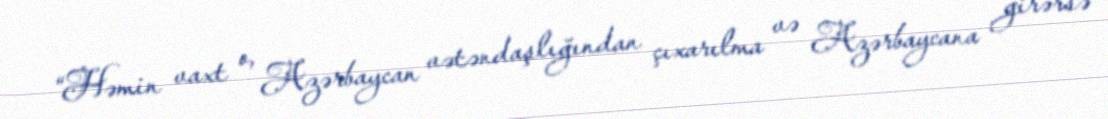
“Həmin vaxt o, Azərbaycan vətəndaşlığından çıxarılma və Azərbaycana girərsə